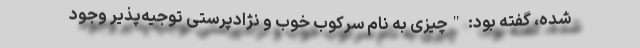
شده، گفته بود: "چیزی به نام سرکوب خوب و نژادپرستی توجیه‌پذیر وجود